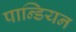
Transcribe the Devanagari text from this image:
पान्डियन